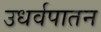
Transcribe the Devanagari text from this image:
उधर्वपातन